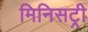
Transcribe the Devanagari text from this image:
मिनिसट्री